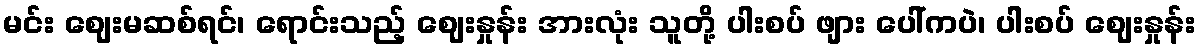
မင်း ဈေးမဆစ်ရင်၊ ရောင်းသည့် ဈေးနှုန်း အားလုံး သူတို့ ပါးစပ် ဖျား ပေါ်ကပဲ၊ ပါးစပ် ဈေးနှုန်း